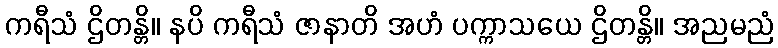
ကရီသံ ဌိတန္တိ။ နပိ ကရီသံ ဇာနာတိ အဟံ ပက္ကာသယေ ဌိတန္တိ။ အညမညံ